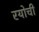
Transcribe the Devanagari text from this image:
रयोची